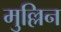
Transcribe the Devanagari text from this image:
मुल्लिन